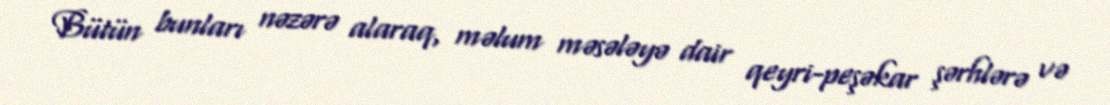
Bütün bunları nəzərə alaraq, məlum məsələyə dair qeyri-peşəkar şərhlərə və